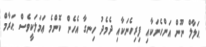
ޙަލާލް ނޫން އަންހެނަކާއި ފިރިހެނަކާއި ދެމެދު ހިނގާ އެހެން ކޮންމެ ޢަމަލަކީވެސް ޙަރާމް